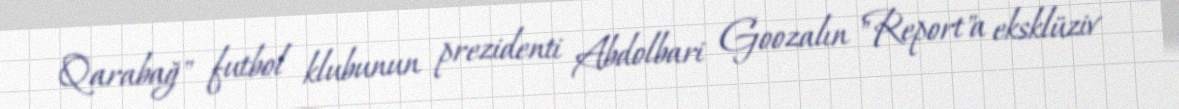
Qarabağ" futbol klubunun prezidenti Abdolbari Goozalın "Report"a eksklüziv